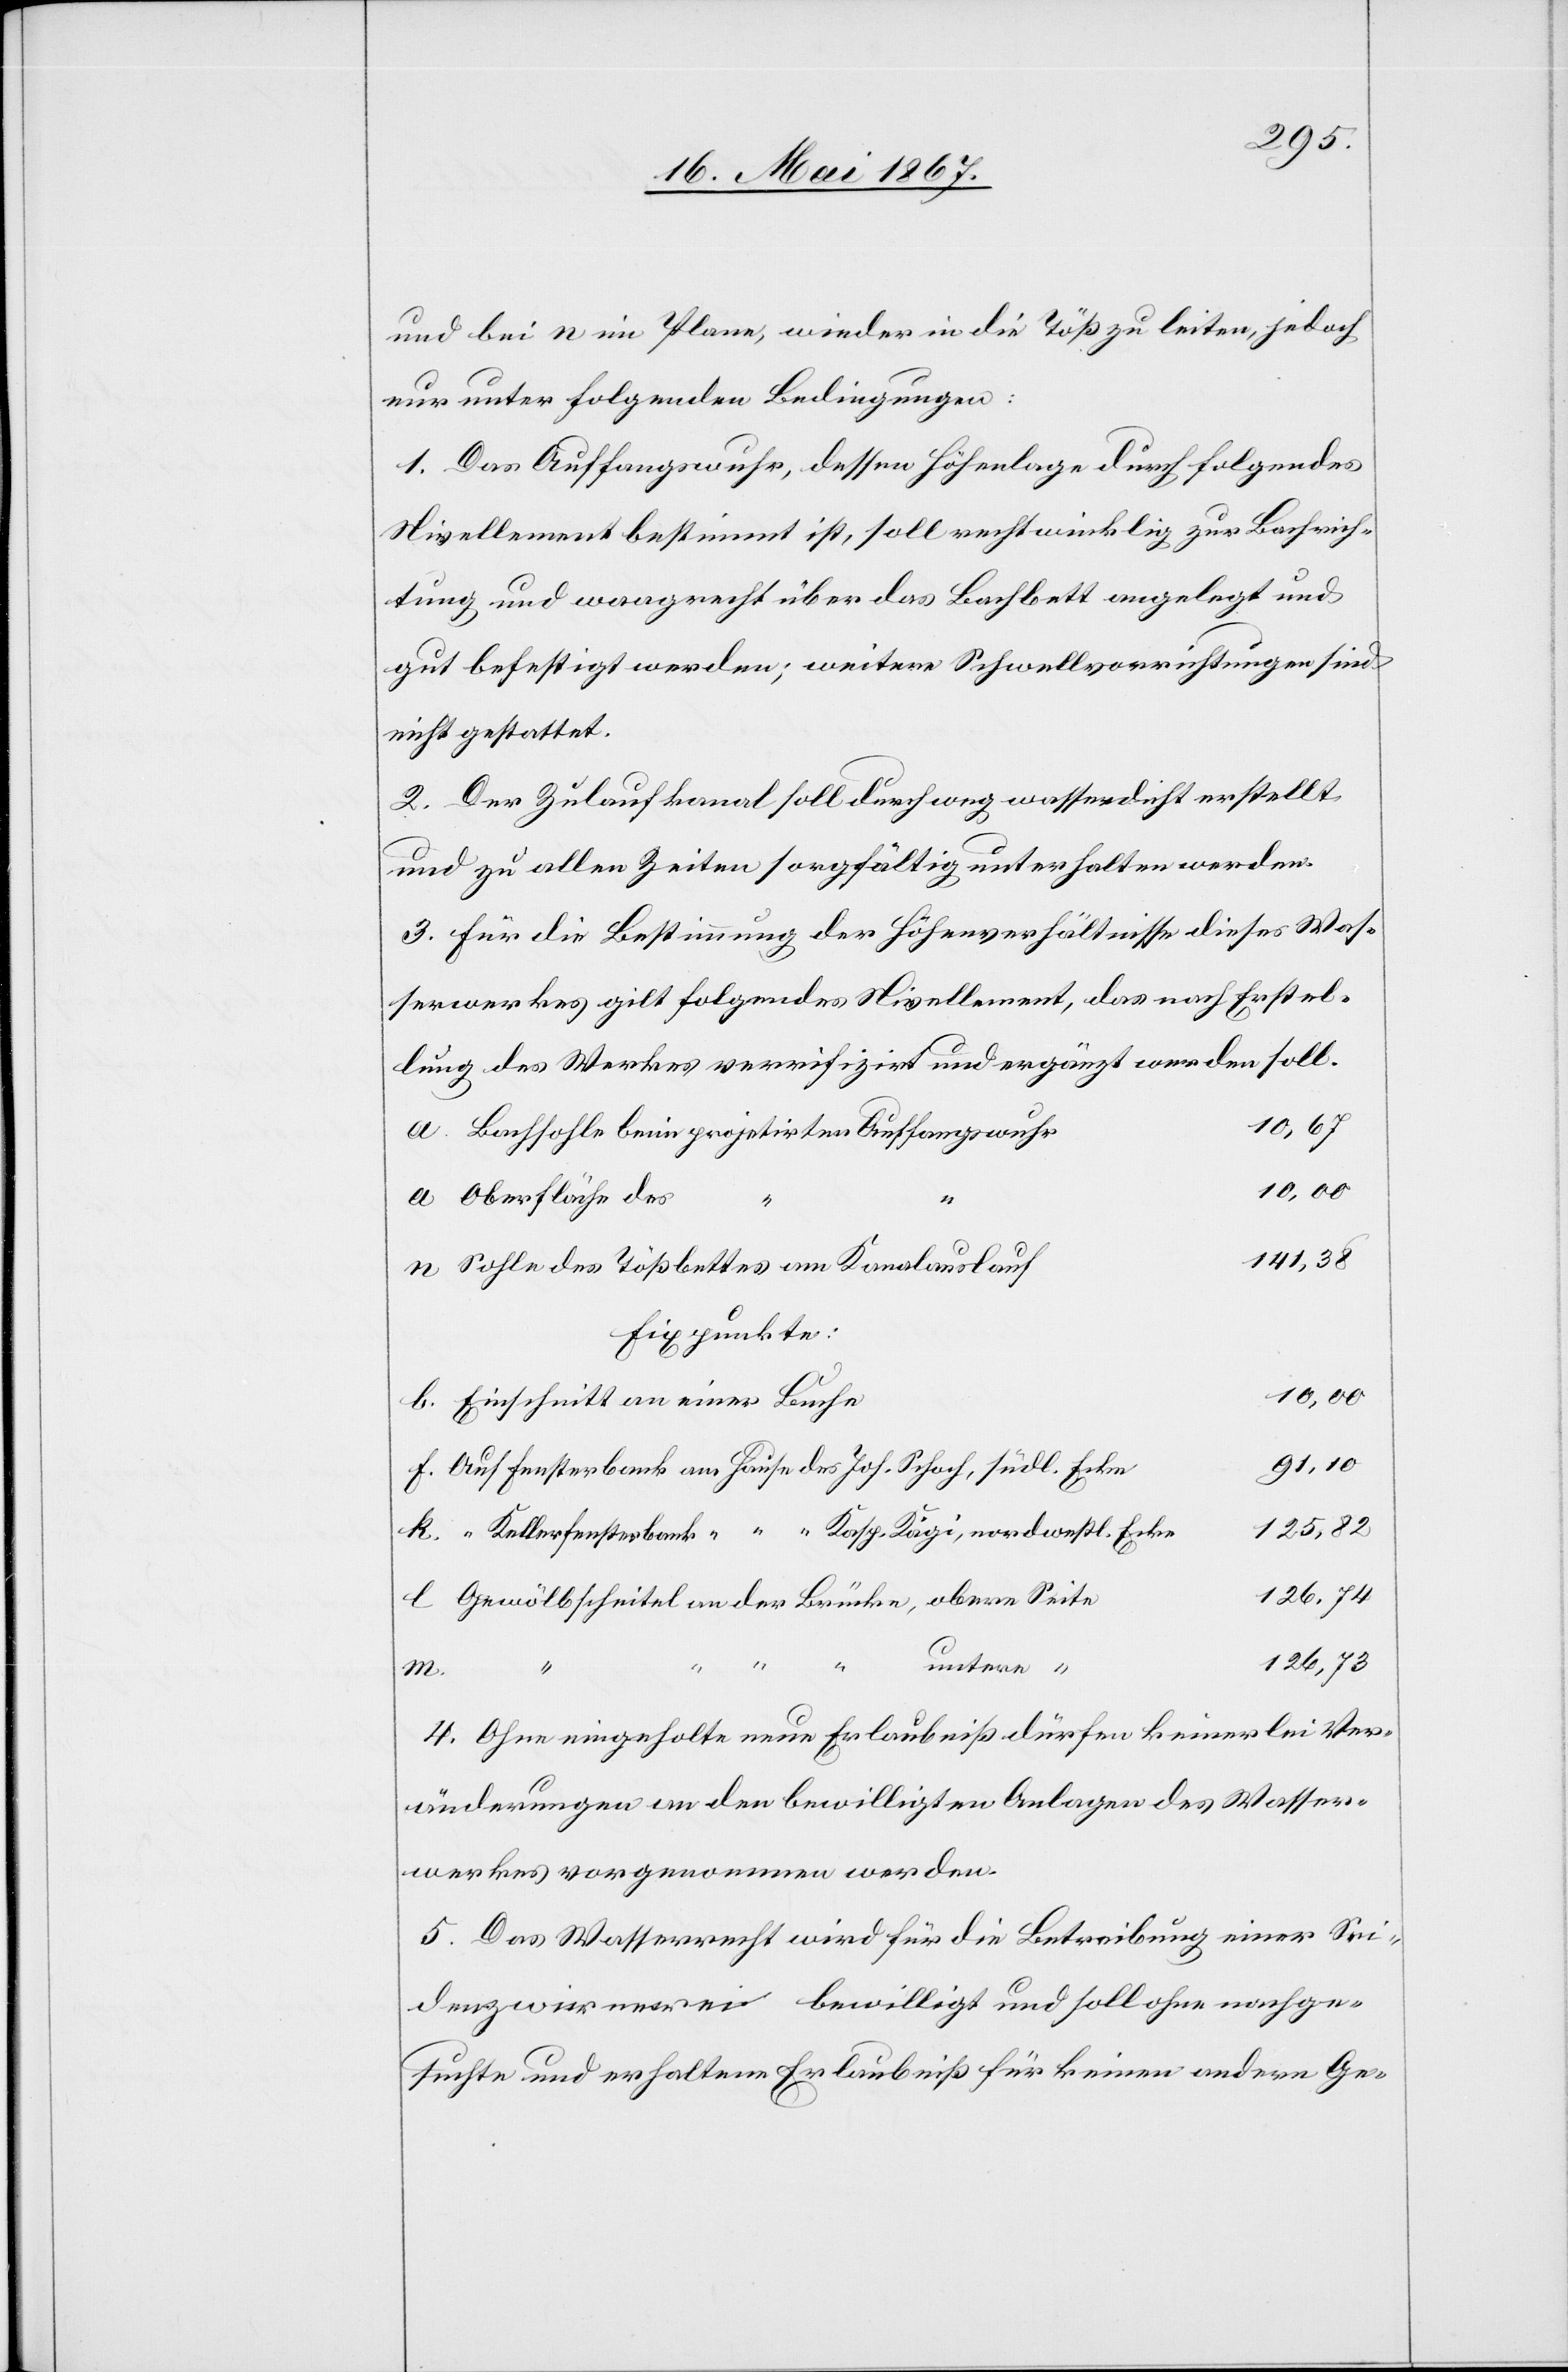
und bei n im Plane, wieder in die Töß zu leiten, jedoch
nur unter folgenden Bedingungen:
1. Das Auffangswuhr, dessen Höhenlage durch folgendes
Nivellement bestimmt ist, soll rechtwinklig zur Bachrich¬
tung und waagrecht über das Bachbett angelegt und
gut befestigt werden; weitere Schwellvorrichtungen sind
nicht gestattet.
2. Der Zulaufkanal soll durchweg wasserdicht erstellt
und zu allen Zeiten sorgfältig unterhalten werden.
3. Für die Bestimmung der Höhenverhältnisse dieses Was¬
serwerkes gilt folgendes Nivellement, das nach Erstel¬
lung des Werkes verifizirt und ergänzt werden soll.
10, 67
Bachsohle beim projektirten Auffangswuhr
10, 00
Oberfläche des
141, 38
Sohle des Tößbettes am Kanalauslauf
Fixpunkte:
Einschnitt an einer Buche
91, 10
Auf Fensterbank am Hause des Joh. Schoch, südl. Ecke
125, 82
“ Kellerfensterbank [am Hause des] Kasp. Kägi, nordwestl. Ecke
Gewölbscheitel an der Brücke, obere Seite
126, 73
m.
“
untere
a.
4. Ohne eingeholte neue Erlaubniß dürfen keinerlei Ver¬
änderungen an den bewilligten Anlagen des Wasser¬
werkes vorgenommen werden.
5. Das Wasserrecht wird für die Betreibung einer Sei¬
denzwirnerei bewilligt und soll ohne nachge¬
suchte und erhaltene Erlaubniß für keinen anderen Ge-